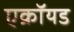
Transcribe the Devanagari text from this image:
एक्रॉयड